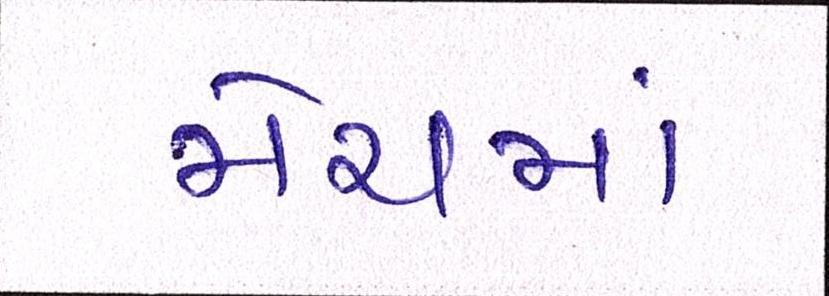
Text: મેચમાં